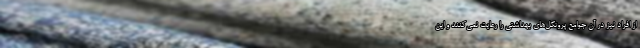
از افراد نیز در آن جوامع پروتکل‌های بهداشتی را رعایت نمی‌کنند و این